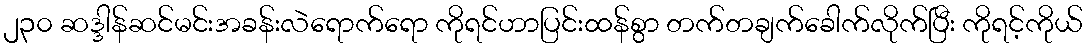
၂၃၀ ဆဒ္ဒါန်ဆင်မင်းအခန်းလဲရောက်ရော ကိုရင်ဟာပြင်းထန်စွာ တက်တချက်ခေါက်လိုက်ပြီး ကိုရင့်ကိုယ်